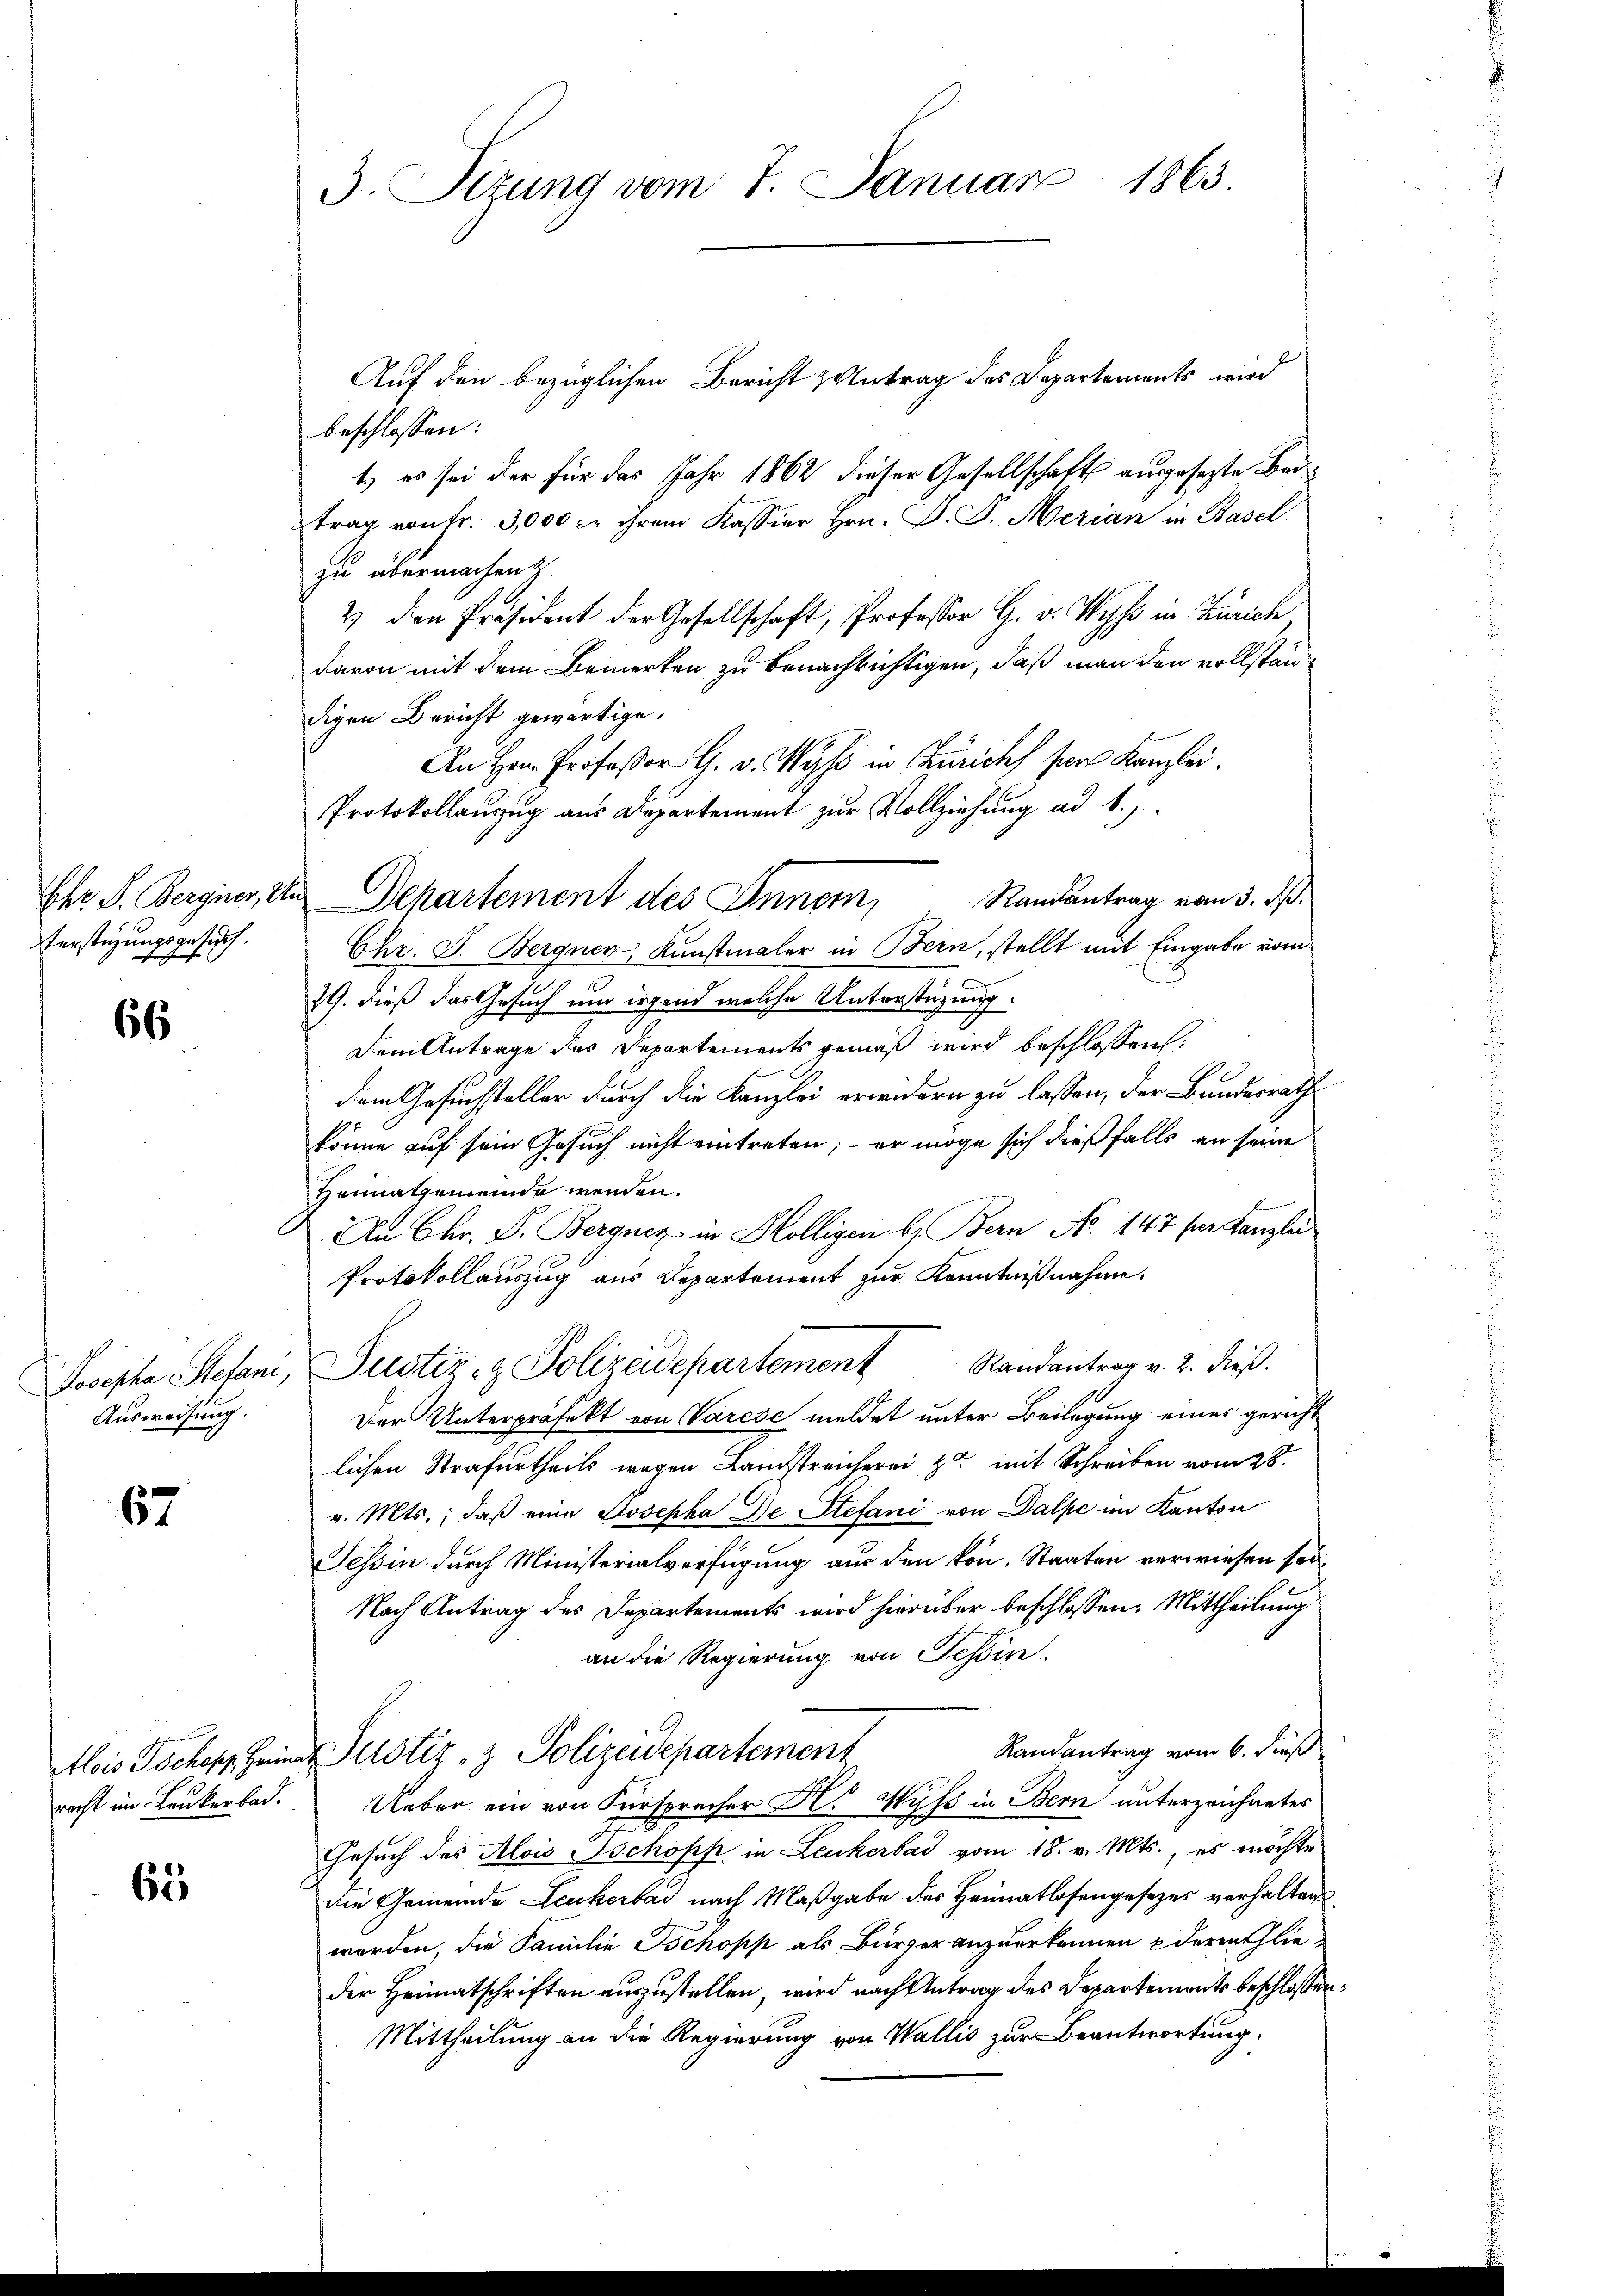
Verstüzungsgesuch.

66

Ausweisung.

67

62

3. Stzung vom 7. Januar 1863.

Auf den bezüglichen Bericht & Antrag des Departements wird
beschlossen:
t) es sei der für das Jahr 1862 dieser Gesellschaft ausgesezte Beitrag von Fr. 3,000 c. ihrem Kassier hrn. J. J. Merian in Basel
zu übermachen
2) den Präsident der Gesellschaft, Professor G. v. Wyss in Zürich,
davon mit dem Bemerken zu benachrichtigen, daß man den vollstän
digen Bericht gewärtige.
An Hrn. Professor G. v. Wyss in Zürich von Kanzlei.
Protokollauszug aus Departement zur Vollziehung ad b.)
Randantrag vom 3. dß.
Chr. J. Bergnen, Kunstmaler in Bern, stellt mit Eingabe vom
79. dieß das Gesuch um irgend welche Unterstüzung.
Dem Antrage des Departements gemäß wird beschlossen:
dem Gesuchsteller durch die Kanzlei erwidern zu lassen, der Bundesrath
könne auf sein Gesuch nicht eintreten; – er möge sich dießfalls an seine
Heimatgemeinde werden.
An Chr. P. Bergner in Hölligen b. Bern N. 147 fr tanzlei
Protokollauszug aus Departement zur Kenntnißnahme.
Randantrag v. 2. dieß.
Josepha Stefani, Justiz- & Polizeidepartement
Der Unterpräfekt von Varese meldet unter Beilegung eines gericht
lichen Strafurtheils wegen Landstreicherei zu mit Schreiben vom 28.
v. Mts., daß eine Josepha De Stefani von Dalpe im Kanton
Tessin durch Ministerialverfügung aus den kon. Staaten verwiesen sei,
Nach Antrag des Departements wird hierüber beschlossen: Mittheilung
an die Regierung von Tessin.
Randantrag vom 6. Fuß
Alois Tschopp Heimat Justiz- & Polizeidepartement
racht im Laukerbad. Ueber ein von Fürspracher H. Wyss in Bern unterzeichnetes
Gesuch des Alois schöpf in Leukerbad vom 18. v. Mts., es möchte
die Gemeinde Leukerbar nach Maßgabe des Heimatlosengesezes verhalten
worden, die Familie schopp als Bürger anzuerkennen derath lieder Heimatschriften auszustellen, wird nach Antrag des Departemonts beschlossen
Mittheilung an die Regierung von Wallis zur Beantwortung.

Ehr. S. Bergier, In Departement des Innern,